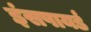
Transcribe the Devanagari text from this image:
इंसपायर्ड